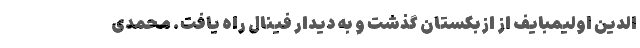
الدین اولیمبایف از ازبکستان گذشت و به دیدار فینال راه یافت. محمدی